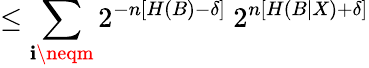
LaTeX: \leq\sum_{\mathbf{i}\neqm}2^{-n\left[H\left(B\right)-\delta\right]}\ 2^{n\left[H\left(B|X\right)+\delta\right]}